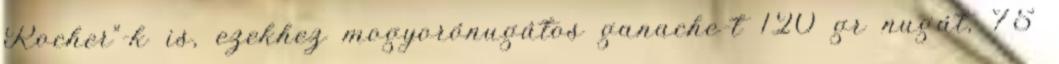
Rocher"-k is, ezekhez mogyorónugátos ganache-t 120 gr nugát, 75